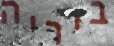
ביריה